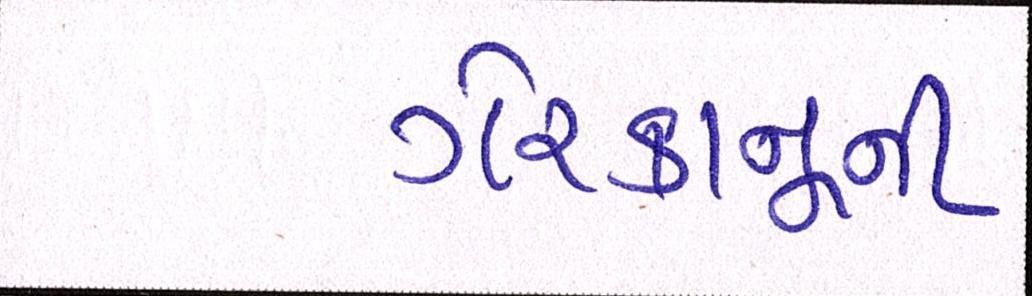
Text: ગેરકાનૂની